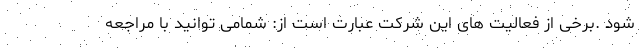
شود .برخی از فعالیت های این شرکت عبارت است از: شمامی‌ توانید با مراجعه